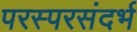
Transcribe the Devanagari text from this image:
परस्परसंदर्भ